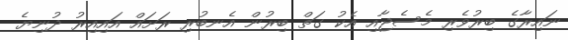
ނައިރާގެ ބިރުވެރި މެސެޖާއި އެކު ގަތް ބިރުން އެނބުރި ރަށައް އައިއިރު ދުނިޔެ